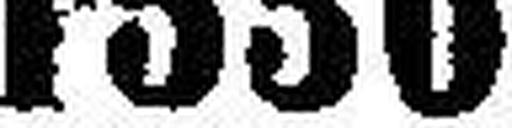
1336